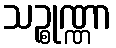
သဉ္စုဏ္ဏာ